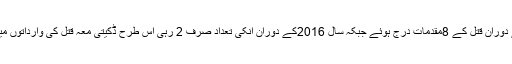
سال 2015کے دوران ڈکیتی کے دوران قتل کے 8مقدمات درج ہوئے جبکہ سال 2016کے دوران انکی تعداد صرف 2 رہی اس طرح ڈکیتی معہ قتل کی وارداتوں میں 75فیصد کمی ریکارڈ کی گئی۔